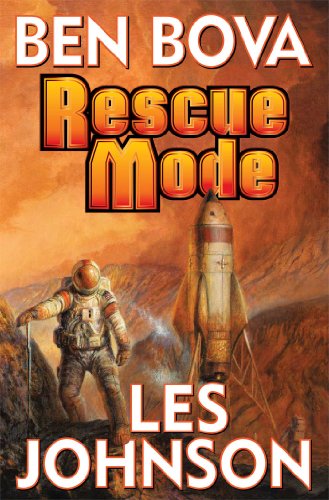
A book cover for Rescue Mode; Ben Bova; Science Fiction & Fantasy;